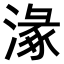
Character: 𣺵